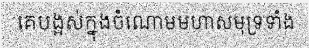
គេបង្អស់ក្នុងចំណោមមហាសមុទ្រទាំង